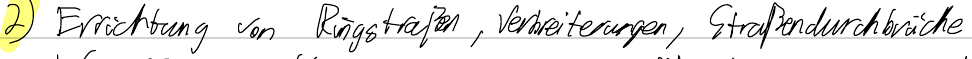
2) Errichtung von Ringstraßen, Verbreiterungen, Straßendurchbrüche